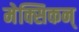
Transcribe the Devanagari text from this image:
मेक्सिकन्